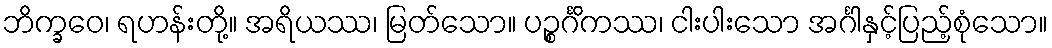
ဘိက္ခဝေ၊ ရဟန်းတို့။ အရိယဿ၊ မြတ်သော။ ပဉ္စင်္ဂိကဿ၊ ငါးပါးသော အင်္ဂါနှင့်ပြည့်စုံသော။